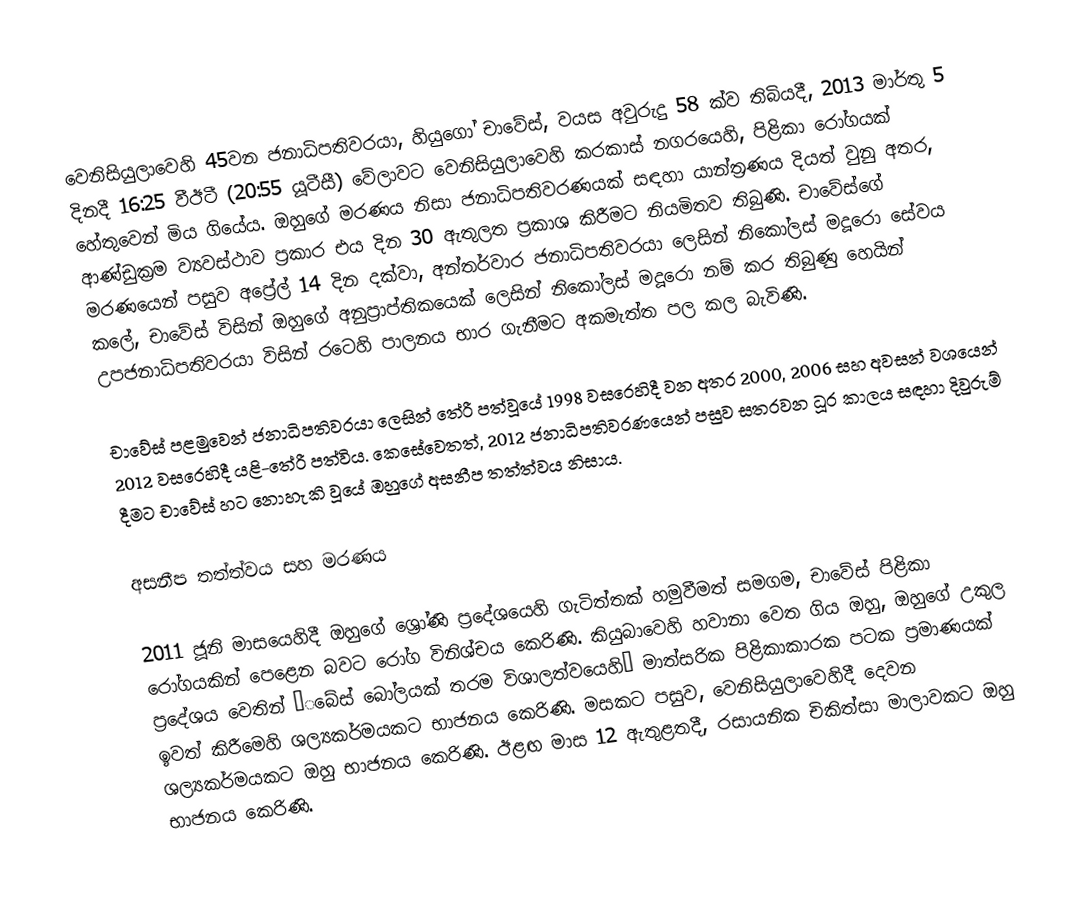
වෙනිසියුලාවෙහි 45වන ජනාධිපතිවරයා, හියුගෝ චාවේස්, වයස අවුරුදු 58 ක්ව තිබියදී, 2013 මාර්තු 5 දිනදී  16:25 වීඊටී (20:55 යූටීසී) වේලාවට  වෙනිසියුලාවෙහි කරකාස් නගරයෙහි, පිළිකා රෝගයක් හේතුවෙන්  මිය ගියේය. ඔහුගේ මරණය නිසා ජනාධිපතිවරණයක් සඳහා යාන්ත්‍රණය දියත් වුනු අතර, ආණ්ඩුක්‍රම ව්‍යවස්ථාව ප්‍රකාර එය දින  30 ඇතුලත ප්‍රකාශ කිරීමට නියමිතව තිබුණි. චාවේස්ගේ මරණයෙන් පසුව අප්‍රේල් 14 දින දක්වා, අන්තර්වාර ජනාධිපතිවරයා ලෙසින් නිකෝලස් මදූරො සේවය කලේ, චාවේස් විසින් ඔහුගේ අනුප්‍රාප්තිකයෙක් ලෙසින්  නිකෝලස් මදූරො නම් කර තිබුණු හෙයින් උපජනාධිපතිවරයා විසින් රටෙහි පාලනය භාර ගැනීමට අකමැත්ත පල කල බැවිණි.

චාවේස් පළමුවෙන් ජනාධිපතිවරයා ලෙසින් තේරී පත්වූයේ 1998 වසරෙහිදී වන අතර 2000, 2006 සහ අවසන් වශයෙන් 2012 වසරෙහිදී යළි-තේරී පත්විය. කෙසේවෙතත්, 2012 ජනාධිපතිවරණයෙන් පසුව සතරවන ධූර කාලය සඳහා දිවුරුම් දීමට චාවේස් හට නොහැකි වූයේ  ඔහුගේ අසනීප තත්ත්වය නිසාය.

අසනීප තත්ත්වය සහ මරණය

2011 ජූනි මාසයෙහිදී ඔහුගේ ශ්‍රෝණි ප්‍රදේශයෙහි ගැටිත්තක් හමුවීමත් සමගම, චාවේස් පිළිකා රෝගයකින් පෙළෙන බවට රෝග විනිශ්චය කෙරිණි. කියුබාවෙහි හවානා වෙත ගිය ඔහු,  ඔහුගේ උකුල ප්‍රදේශය වෙතින් ‘‌‌බේස් බෝලයක් තරම විශාලත්වයෙහි’ මාත්සරික පිළිකාකාරක පටක ප්‍රමාණයක් ඉවත් කිරීමෙහි ශල්‍යකර්මයකට භාජනය කෙරිණි. මසකට පසුව, වෙනිසියුලාවෙහිදී දෙවන ශල්‍යකර්මයකට ඔහු භාජනය කෙරිණි. ඊළඟ මාස 12 ඇතුළතදී,  රසායනික චිකිත්සා මාලාවකට ඔහු භාජනය කෙරිණි.